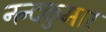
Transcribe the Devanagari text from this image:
नन्दकुमार